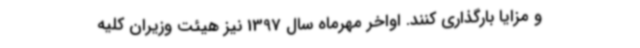
و مزایا بارگذاری کنند. اواخر مهرماه سال 1397 نیز هیئت وزیران کلیه